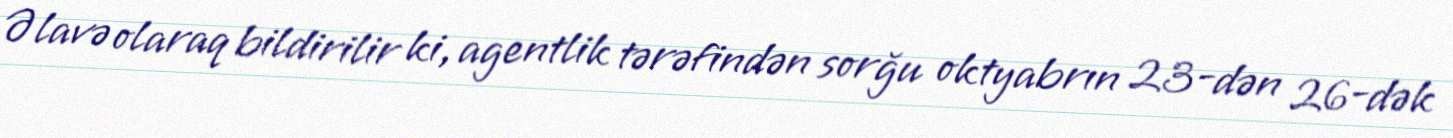
Əlavə olaraq bildirilir ki, agentlik tərəfindən sorğu oktyabrın 23-dən 26-dək